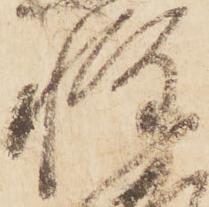
惶